Civil Veterinary Department. United Provinces 1932-42 - 1932-1942
Year: 1932
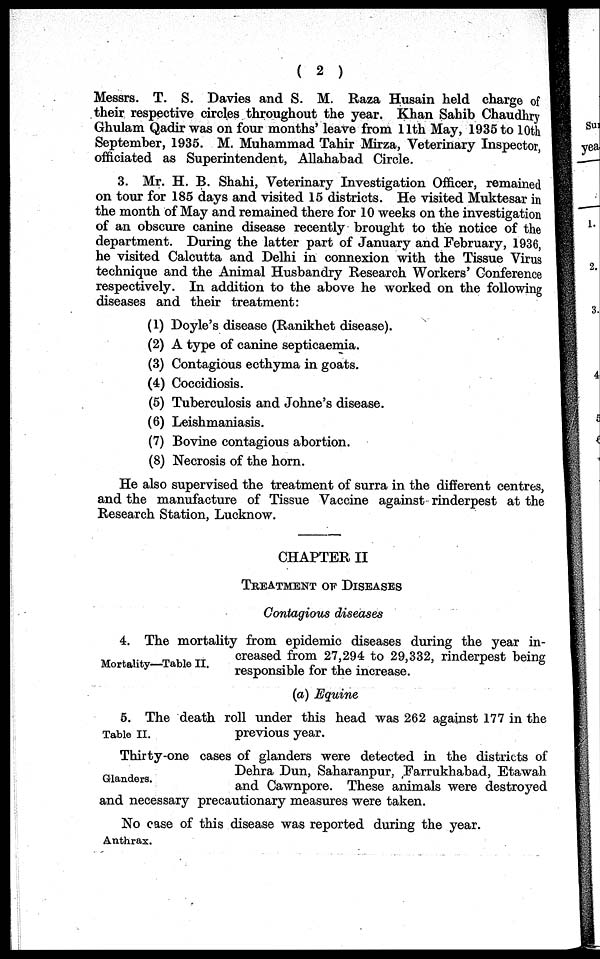
(2)
Messrs. T. S. Davies and S. M. Raza Husain held charge of
their respective circles throughout the year. Khan Sahib Chaudhry
Ghulam Qadir was on four months' leave from 11th May, 1935 to 10th
September, 1935. M. Muhammad Tahir Mirza, Veterinary Inspector,
officiated as Superintendent, Allahabad Circle.
3. Mr. H. B. Shahi, Veterinary Investigation Officer, remained
on tour for 185 days and visited 15 districts. He visited Muktesar in
the month of May and remained there for 10 weeks on the investigation
of an obscure canine disease recently brought to the notice of the
department. During the latter part of January and February, 1936,
he visited Calcutta and Delhi in connexion with the Tissue Virus
technique and the Animal Husbandry Research Workers' Conference
respectively. In addition to the above he worked on the following
diseases and their treatment:
(1) Doyle's disease (Ranikhet disease).
(2) A type of canine septicaemia.
(3) Contagious ecthyma in goats.
(4) Coccidiosis.
(5) Tuberculosis and Johne's disease.
(6) Leishmaniasis.
(7) Bovine contagious abortion.
(8) Necrosis of the horn.
He also supervised the treatment of surra in the different centres,
and the manufacture of Tissue Vaccine against rinderpest at the
Research Station, Lucknow.
CHAPTER II
TREATMENT OF DISEASES
Contagious diseases
Mortality—Table II.
4. The mortality from epidemic diseases during the year in-
creased from 27,294 to 29,332, rinderpest being
responsible for the increase.
(a) Equine
Table II.
5. The death roll under this head was 262 against 177 in the
previous year.
Glanders.
Thirty-one cases of glanders were detected in the districts of
Dehra Dun, Saharanpur, Farrukhabad, Etawah
and Cawnpore. These animals were destroyed
and necessary precautionary measures were taken.
Anthrax.
No case of this disease was reported during the year.